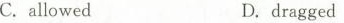
C. allowedD. dragged